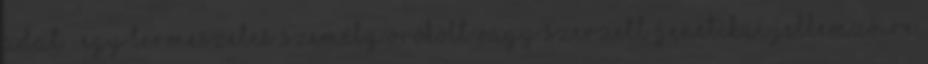
adat”: egy természetes személy örökölt vagy szerzett genetikai jellemzőire